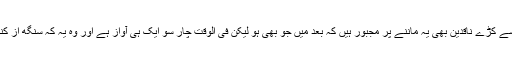
موجودہ حالات میں ان کے کڑے سے کڑے ناقدین بھی یہ ماننے پر مجبور ہیں کہ بعد میں جو بھی ہو لیکن فی الوقت چار سو ایک ہی آواز ہے اور وہ یہ کہ سنگھ از کنگ، سنگھ از کنگ، سنگھ از کنگ۔